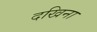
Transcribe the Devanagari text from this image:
दखिना